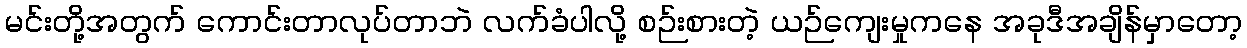
မင်းတို့အတွက် ကောင်းတာလုပ်တာဘဲ လက်ခံပါလို့ စဉ်းစားတဲ့ ယဉ်ကျေးမှုကနေ အခုဒီအချိန်မှာတော့